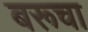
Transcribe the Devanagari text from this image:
बरूचा